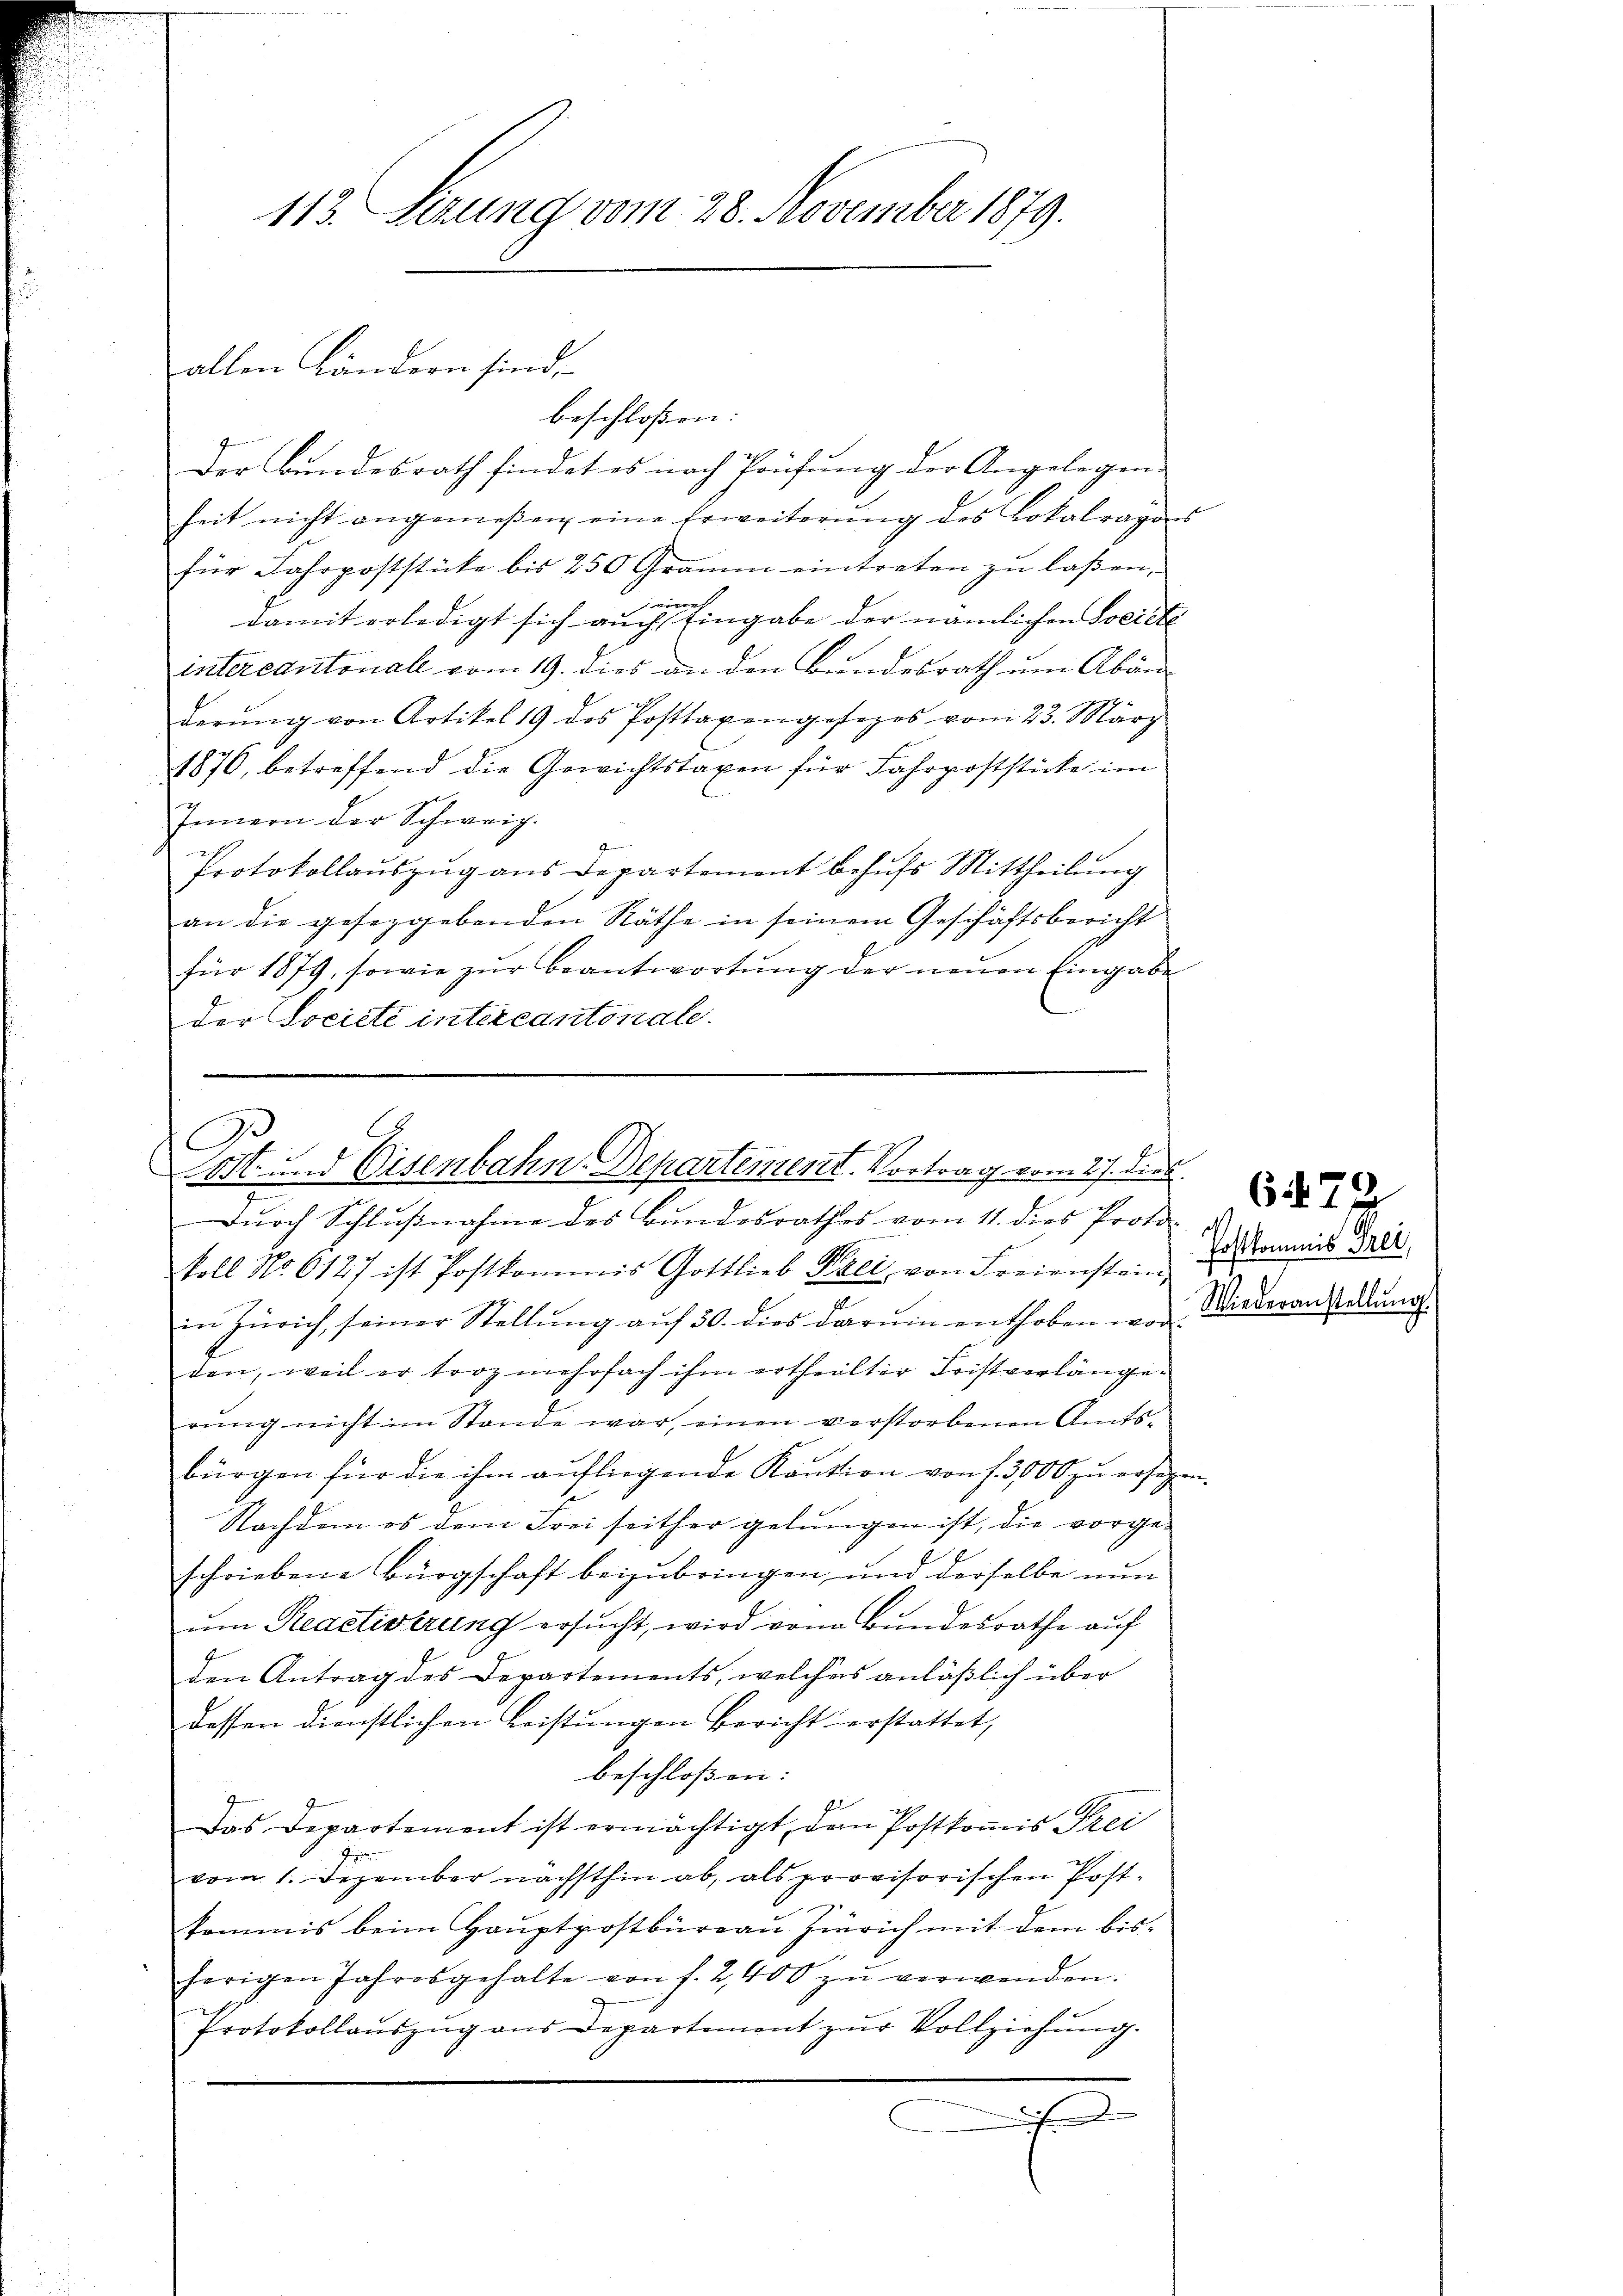
113 Sezung vom 28. November 1879.

allen Ländern sind,
beschloßen:

Der Bundesrath findet es nach Prüfung der Angelegen
heit nicht angemeßen eine Erweiterŭng des Lokalragers
für Fahrpoststicke bis 250 Gramm eintreten zu laßen,
ie
damit erledigt sich auch Eingabe der nämlichen Societe
intercantonall vom 19. dies an den Bundesrath um Abänderŭng von Artikel 19 des Posttaxengesezes vom 23. März
1876, betreffend die Gewichtstaxen für Fahrpoststicke im
Innern der Schweiz.
.
2
Protokollauszug aus Departement behufs Mittheilung
an die gesezgebenden Räthe in seinem Geschäftsbericht
für 1879, sowie zŭr beantwortŭng der neŭen Eingabe
der Societe intercantonale.

A
9
Cost- und Eisenbahn-Departement. Vortrag vom 17. dies

Durch Schlußnahme des Bundesrathes vom 11. dies Proto-
koll No 6127 ist Postkommis Gottlieb Heer, von Freienstein der Kommis Frei
in Zürich, seiner Stellŭng aŭf 30. dies darŭm enthoben war. Wiederanstellŭng
den, weil er troz mehrfach ihm ertheilter Fristverlänge.
rung nicht im Stande war, einen verstorbenen Amtsbürgen für die ihm aufliegende Kaution von f. 3000 zu ersetzen.
Nachdem es dem Frei seither gelungen ist, die vorgeschriebene Bürgschaft beizubringen und derselbe nun
um Reactivirung ersucht, wird von Bundesrathe auf
den Antrag des Departements, welches anläßlich über
dessen dienstlichen Leistungen Bericht erstattet,
beschlossen: |
fede
Das Departement ist ermächtigt, dem Postkomis Frei
vom 1. Dezember nächsthin ab, als provisorischen Postkommis beim Hauptpostbüreau Zürich mit dem bishörigen Jahresgehalte von f. 2400 zŭ verwenden.
Protokollaŭszŭg ans Departement zŭr Vollziehŭng.
d
C

6479